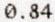
0.84